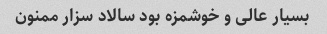
بسیار عالی و خوشمزه بود سالاد سزار ممنون